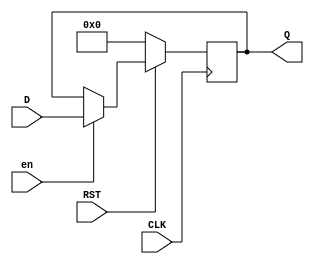
/*--  *******************************************************
--  Computer Architecture Course, Laboratory Sources 
--  Amirkabir University of Technology (Tehran Polytechnic)
--  Department of Computer Engineering (CE-AUT)
--  https://ce[dot]aut[dot]ac[dot]ir
--  *******************************************************
--  All Rights reserved (C) 2021-2022
--  *******************************************************
--  Student ID  : 9931066 & 9931054
--  Student Name: Amirhossein Iravanimanesh & Manni Moghimi
--  Student Mail: 
--  *******************************************************
--  Additional Comments:
--
--*/

/*-----------------------------------------------------------
---  Module Name: register
-----------------------------------------------------------*/
`timescale 1 ns/1 ns
module register(
	input [7:0] D,
	input CLK, 
	input RST,
	input en,
	output reg [7:0] Q
	);
	always @(posedge CLK)
		if (~RST)
		begin
			Q <= 8'b0;
		end else if (en)
		begin
			Q <= D;
		end
endmodule